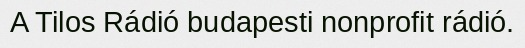
A Tilos Rádió budapesti nonprofit rádió.